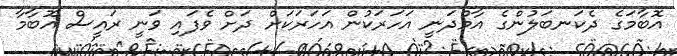
އޮބާމަގެ ދެކަނބަލުންގެ އާމްދަނީ އަހަރަކުން އަހަރަކަށް ދަށް ވެފައި ވަނީ ރައީސް އޮބާމާ